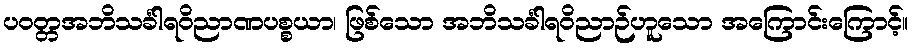
ပဝတ္တအဘိသင်္ခါရဝိညာဏပစ္စယာ၊ ဖြစ်သော အဘိသင်္ခါရဝိညာဉ်ဟူသော အကြောင်းကြောင့်။